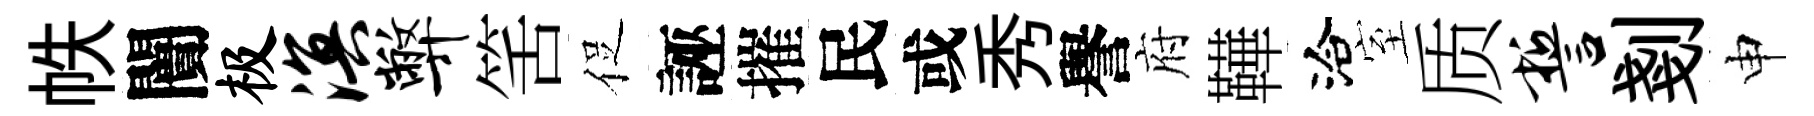
帙闠极溟弊筈促誣摧民或秀譽府鞾洽室质誓剗申